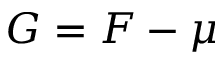
G = F - \mu